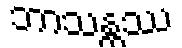
ဘာသန္တဿ